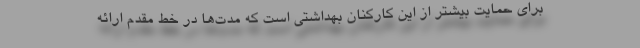
برای حمایت بیشتر از این کارکنان بهداشتی است که مدت‌ها در خط مقدم ارائه